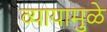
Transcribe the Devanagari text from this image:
व्यायामुळे